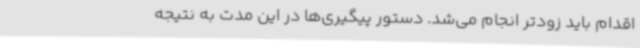
اقدام باید زودتر انجام می‌شد. دستور پیگیری‌ها در این مدت به نتیجه